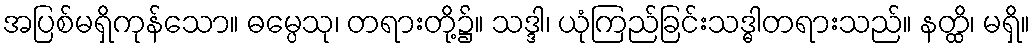
အပြစ်မရှိကုန်သော။ ဓမ္ပေသု၊ တရားတို့၌။ သဒ္ဒါ၊ ယုံကြည်ခြင်းသဒ္ဓါတရားသည်။ နတ္ထိ၊ မရှိ။